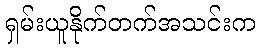
ရှမ်းယူနိုက်တက်အသင်းက